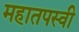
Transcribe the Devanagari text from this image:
महातपस्वी